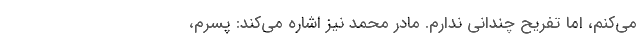
می‌کنم، اما تفریح چندانی ندارم. مادر محمد نیز اشاره می‌کند: پسرم،